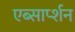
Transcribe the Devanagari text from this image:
एब्सार्प्शन